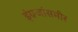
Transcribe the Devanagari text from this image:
इंग्रजांसमोर